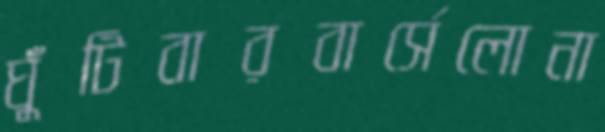
ঘুঁটিবারবার্সেলোনা